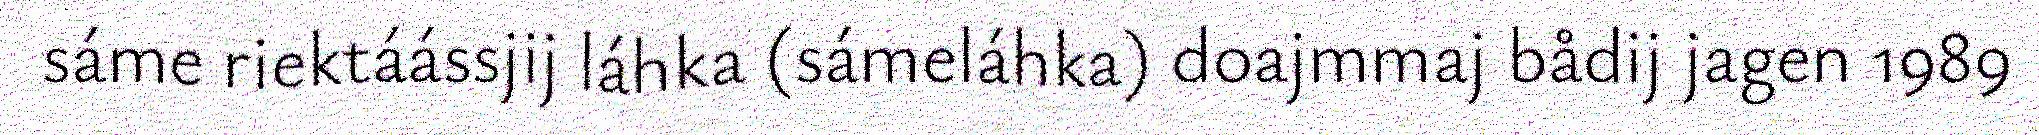
sáme riektáássjij láhka (sámeláhka) doajmmaj bådij jagen 1989